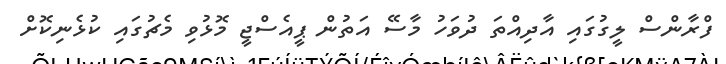
ފްރާންސް ލީގުގައި އާދިއްތަ ދުވަހު މާސޭ އަތުން ޕީއެސްޖީ މޮޅުވި މެޗުގައި ކުޅެނިކޮށް